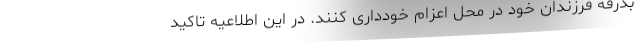
بدرقه فرزندان خود در محل اعزام خودداری کنند. در این اطلاعیه تاکید